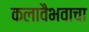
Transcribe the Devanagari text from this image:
कलावैभवाचा